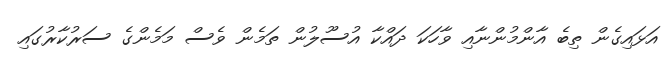
އަޅައިގެން ތިބެ އާންމުންނާއި ވާހަކަ ދައްކާ އުސޫލުން ތަމެން ވެސް މަމެންގެ ސަރުކާރުގައި